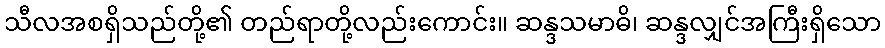
သီလအစရှိသည်တို့၏ တည်ရာတို့လည်းကောင်း။ ဆန္ဒသမာဓိ၊ ဆန္ဒလျှင်အကြီးရှိသော